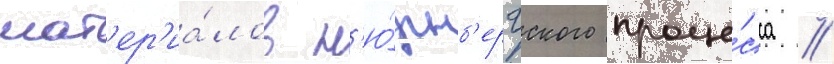
мат'ер'иа́лов н'ю́рнб'ергского проце́сса //